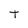
Character: t